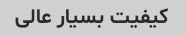
کیفیت بسیار عالی